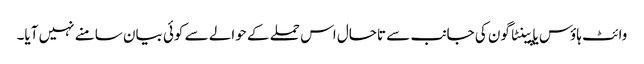
وائٹ ہاؤس یا پینٹاگون کی جانب سے تاحال اس حملے کے حوالے سے کوئی بیان سامنے نہیں آیا۔